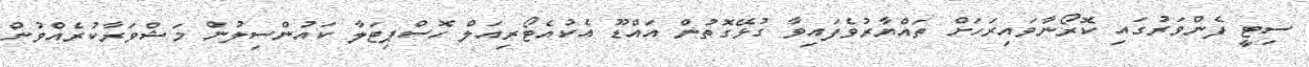
ސިޓީ ފެންވަރުގައި ކޮރޯނާވައިރަހަށް ތައްޔާރުވެފައިވާ ގުޅޭގޮތުން އައްޑޫ އެކުއެޓޯރިއަލް ހޮސްޕިޓަލާ ކައުންސިލުން މަޝްވަރާކުރެއްވުން